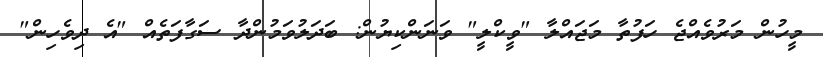
މީހުން މަރުވެއްޖެ ހަފުތާ މަޖައްލާ "ވީކްލީ" ވަނަންކިޔުން: ބަދަލުވަމުންދާ ސަގާފަތެއް "އެ ދިވެހިން"